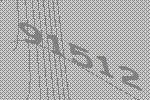
91512